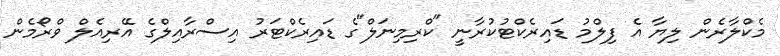
މެކްލާރެން ލިޔާ އެ ފިލްމު ޑައިރެކްޓުކުރާނީ "ކްރިމިނަލް"ގެ ޑައިރެކްޓަރު އިސްރާއިލްގެ އޭރިއެލް ވްރޯމެން